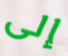
إلى